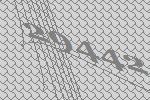
29442